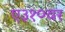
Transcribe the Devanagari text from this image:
ए३१०वर